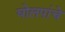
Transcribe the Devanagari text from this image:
घोलपांचे